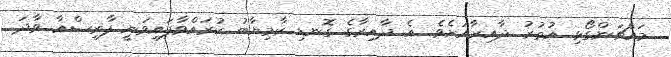
މައްޗަންގޯޅި އުތުރު ދާއިރާއަށެވެ. އެ ދާއިރާގެ ގޮނޑި ކާމިޔާބު ކުރައްވާފައިވަނީ ފާރިސްއާ ވާދަ